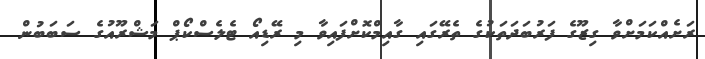
ރަށެއްކަމަށްވާ ގިޒޫގެ ފަރުބަދަތަކުގެ ތެރޭގައި ގާއިމްކޮށްފައިވާ މި ރޭޑިއޯ ޓެލެސްކޯޕް މަޝްރޫއުގެ ސަބަބުން